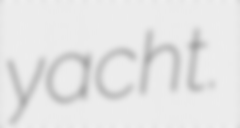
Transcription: yacht.